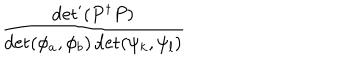
\displaystyle \frac { \det ^ { \prime } ( P ^ { \dagger } P ) } { \det ( \phi _ { a } , \phi _ { b } ) \det ( \psi _ { k } , \psi _ { l } ) }